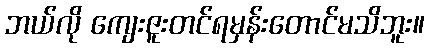
ဘယ်လို ကျေးဇူးတင်ရမှန်းတောင်မသိဘူး။